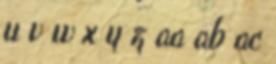
u v w x y z aa ab ac